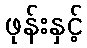
ဖုန်းနှင့်